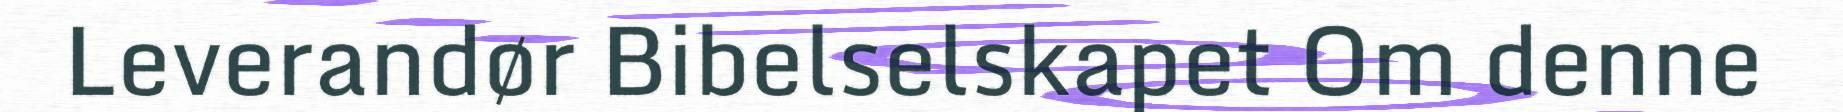
Leverandør Bibelselskapet Om denne